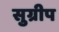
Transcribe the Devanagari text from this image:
सुग्रीप